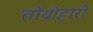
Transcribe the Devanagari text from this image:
तोयोहारी